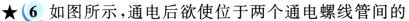
★6如图所示，通电后欲使位于两个通电螺线管间的